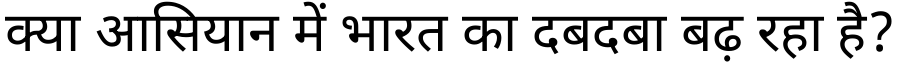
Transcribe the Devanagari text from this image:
क्या आसियान में भारत का दबदबा बढ़ रहा है?